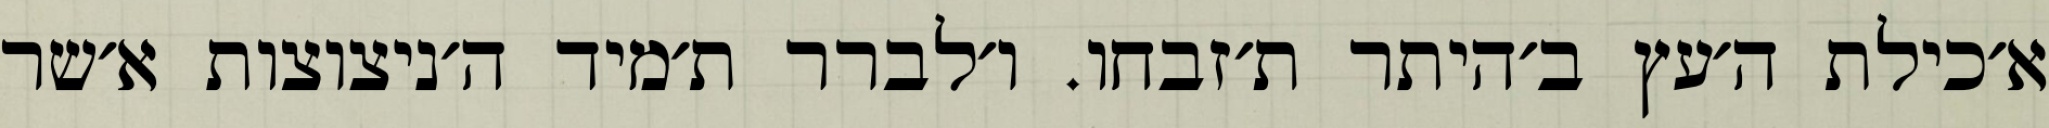
א׳כילת ה׳עץ ב׳היתר ת׳זבחו. ו׳לברר ת׳מיד ה׳ניצוצות א׳שר